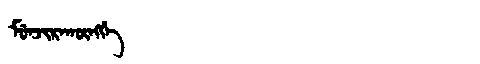
Manchu: ᠮᡠᠨᠵᡳᡵᠠᡴᡡᠩᡤᡝ
Romanization: MUNJIRAKŪNGGE